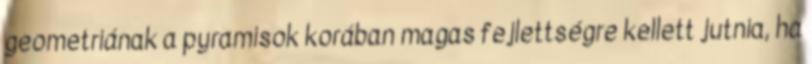
geometriának a pyramisok korában magas fejlettségre kellett jutnia, ha